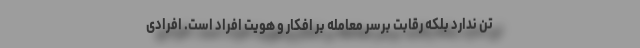
تن ندارد بلکه رقابت برسر معامله بر افکار و هویت افراد است. افرادی